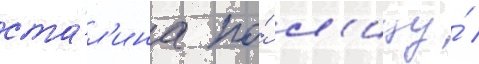
ста́л'ина по́ л'ицу́ /